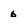
Character: 6